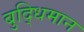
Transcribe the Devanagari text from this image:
बुद्‍धिमान